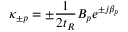
\kappa _ { \pm p } = \pm \frac { 1 } { 2 t _ { R } } B _ { p } e ^ { \pm j \beta _ { p } }